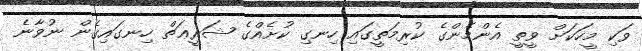
ވަކި މީހަކަށް ވީތީ އެންމެންގެ ކުރިމަތީގައި ހިނގި ކުށެއްގެ ޝަރީޢަތް ހިނގައިގެން ނުވާނެ